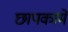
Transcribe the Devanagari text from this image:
छापकामे